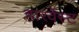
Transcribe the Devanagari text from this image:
हारर्वेस्ट